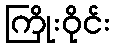
ကြိုးဝိုင်း